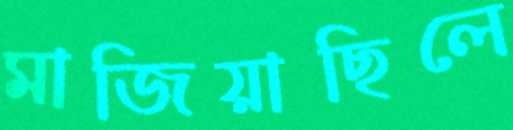
মাজিয়াছিলে